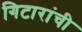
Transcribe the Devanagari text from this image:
गिटारांची